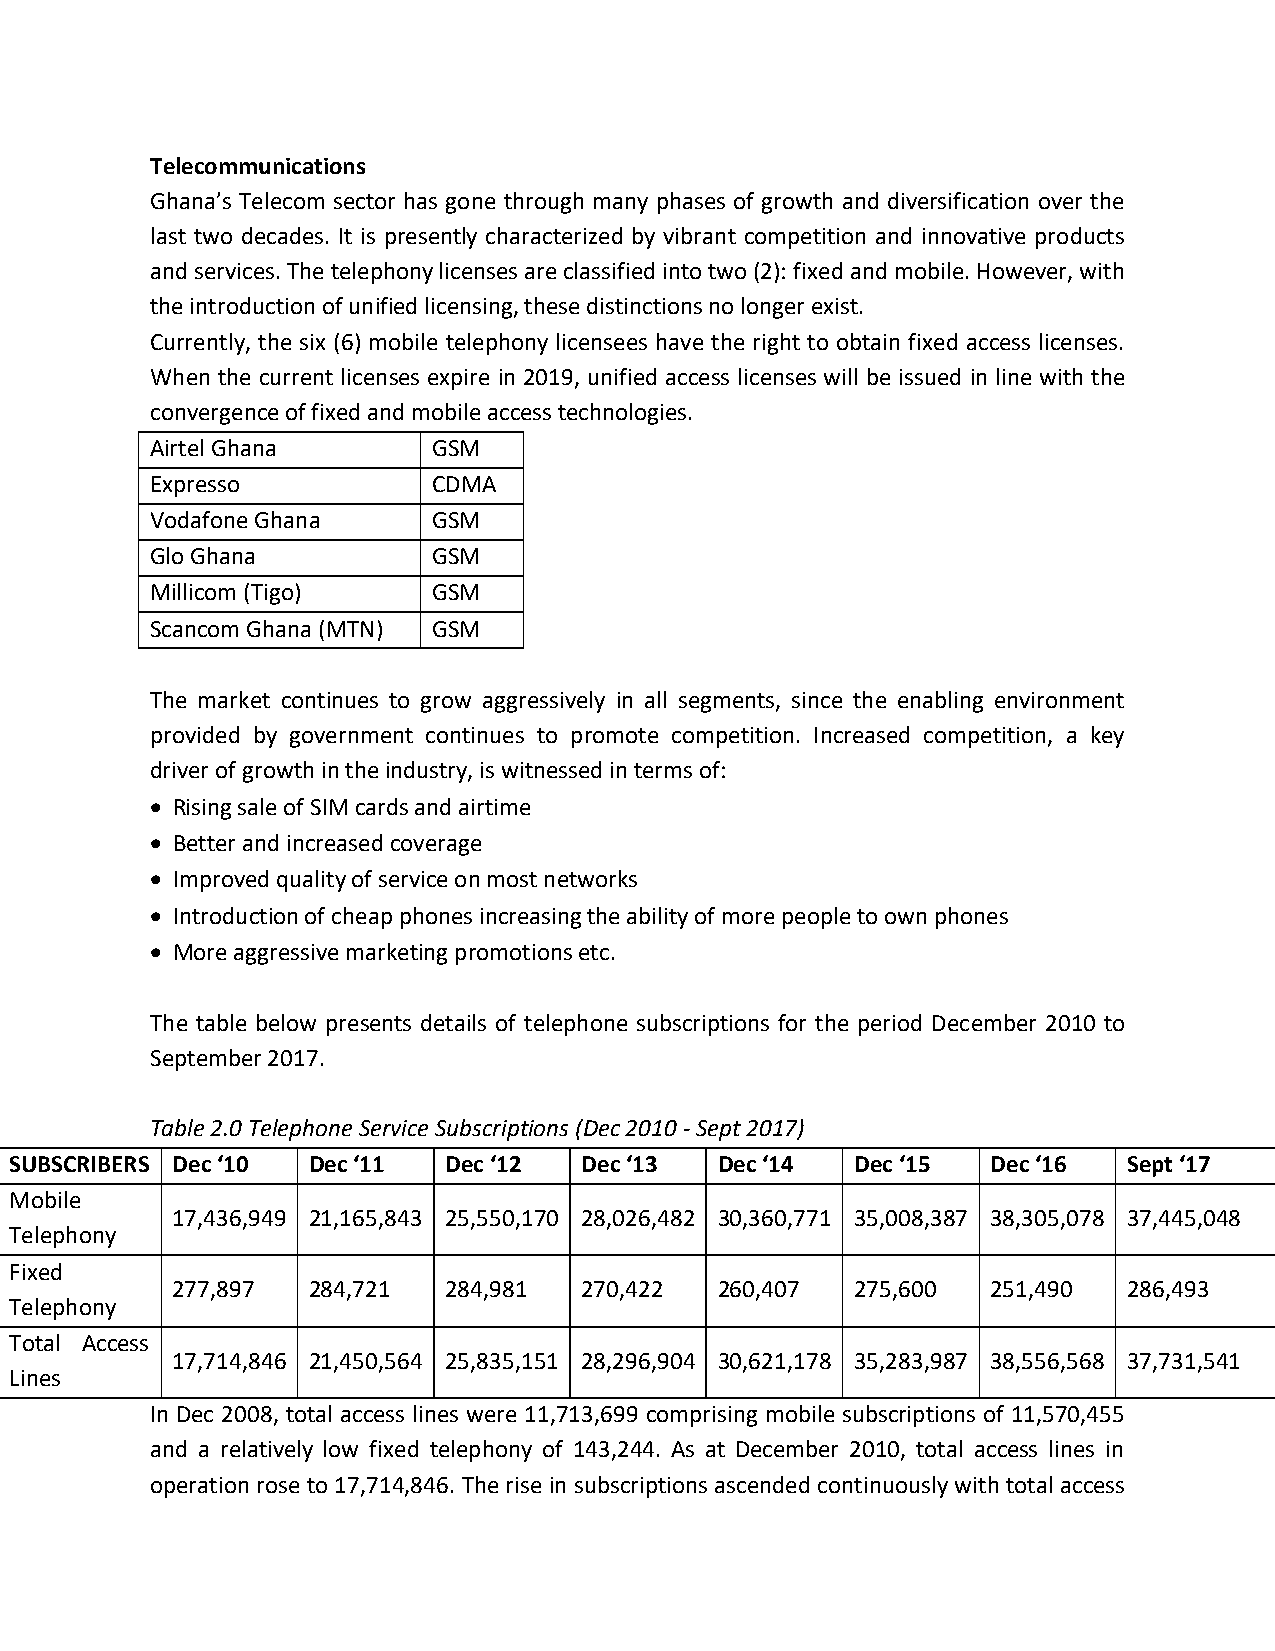
Telecommunications
 Ghana’s Telecom sector has gone through many phases of growth and diversification over the
 last two decades. It is presently characterized by vibrant competition and innovative products
 and services. The telephony licenses are classified into two (2): fixed and mobile. However, with
 the introduction of unified licensing, these distinctions no longer exist.
 Currently, the six (6) mobile telephony licensees have the right to obtain fixed access licenses.
 When the current licenses expire in 2019, unified access licenses will be issued in line with the
 convergence of fixed and mobile access technologies.
 Airtel Ghana       GSM
 Expresso           CDMA
 Vodafone Ghana     GSM
 Glo Ghana          GSM
 Millicom (Tigo)    GSM
 Scancom Ghana (MTN) GSM
 The market continues to grow aggressively in all segments, since the enabling environment
 provided by government continues to promote competition. Increased competition, a key
 driver of growth in the industry, is witnessed in terms of:
  Rising sale of SIM cards and airtime
  Better and increased coverage
  Improved quality of service on most networks
  Introduction of cheap phones increasing the ability of more people to own phones
  More aggressive marketing promotions etc.
 The table below presents details of telephone subscriptions for the period December 2010 to
 September 2017.
 Table 2.0 Telephone Service Subscriptions (Dec 2010 - Sept 2017)
 SUBSCRIBERS Dec ‘10 Dec ‘11 Dec ‘12  Dec ‘13   Dec ‘14  Dec ‘15  Dec ‘16  Sept ‘17
 Mobile
 17,436,949 21,165,843 25,550,170 28,026,482 30,360,771 35,008,387 38,305,078 37,445,048
 Telephony
 Fixed
 277,897  284,721  284,981  270,422   260,407  275,600  251,490  286,493
 Telephony
 Total Access
 17,714,846 21,450,564 25,835,151 28,296,904 30,621,178 35,283,987 38,556,568 37,731,541
 Lines
 In Dec 2008, total access lines were 11,713,699 comprising mobile subscriptions of 11,570,455
 and a relatively low fixed telephony of 143,244. As at December 2010, total access lines in
 operation rose to 17,714,846. The rise in subscriptions ascended continuously with total access